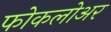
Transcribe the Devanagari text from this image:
फोकलोअर